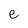
Character: e